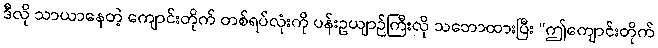
ဒီလို သာယာနေတဲ့ ကျောင်းတိုက် တစ်ရပ်လုံးကို ပန်းဥယျာဉ်ကြီးလို သဘောထားပြီး “ဤကျောင်းတိုက်